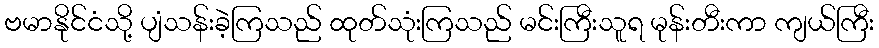
ဗမာနိုင်ငံသို့ ပျံသန်းခဲ့ကြသည် ထုတ်သုံးကြသည် မင်းကြီးသူရ မုန်းတီးကာ ကျယ်ကြီး